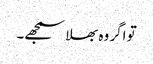
تو اگر وہ بھلا سمجھے۔